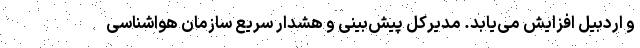
و اردبیل افزایش می‌یابد. مدیرکل پیش‌بینی و هشدار سریع سازمان هواشناسی